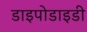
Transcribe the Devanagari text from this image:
डाइपोडाइडी